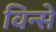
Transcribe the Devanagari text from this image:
विन्से